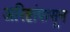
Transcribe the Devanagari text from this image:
अरिष्टांपासून